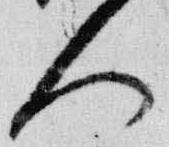
人